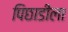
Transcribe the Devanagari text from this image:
पिछाडीला